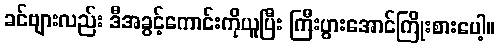
ခင်ဗျားလည်း ဒီအခွင့်ကောင်းကိုယူပြီး ကြီးပွားအောင်ကြိုးစားပေါ့။